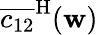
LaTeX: \overline{{c_{12}}}^{\mathrm{H}}(\mathbf{w})